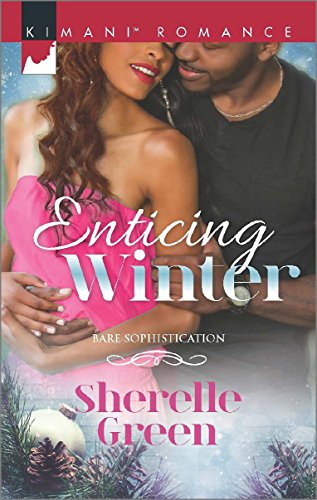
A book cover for Enticing Winter (Bare Sophistication); Sherelle Green; Romance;